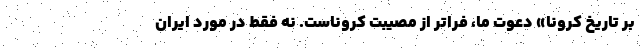
بر تاریخ کرونا» دعوت ما، فراتر از مصیبت کروناست. نه فقط در مورد ایران